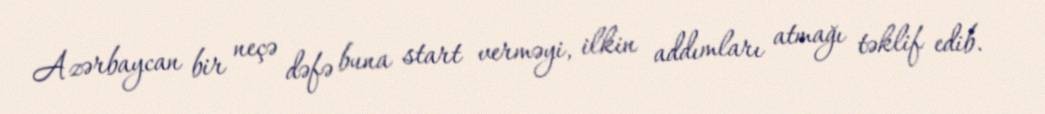
Azərbaycan bir neçə dəfə buna start verməyi, ilkin addımları atmağı təklif edib.